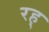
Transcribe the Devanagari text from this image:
रह्